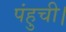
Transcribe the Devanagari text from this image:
पंहुची।